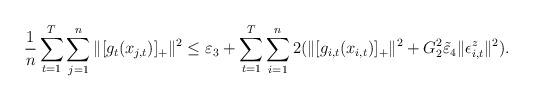
LaTeX: \begin{align*}&\frac{1}{n}\sum_{t=1}^T\sum_{j=1}^n\|[g_{t}(x_{j,t})]_+\|^2\le\varepsilon_3+\sum_{t=1}^T\sum_{i=1}^n2(\|[g_{i,t}(x_{i,t})]_+\|^2+G_2^2\tilde{\varepsilon}_4\|\epsilon^z_{i,t}\|^2).\end{align*}